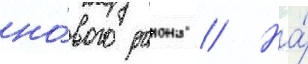
но́вого раиона // На́